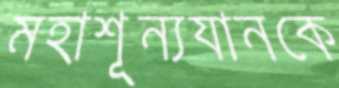
মহাশূন্যযানকে